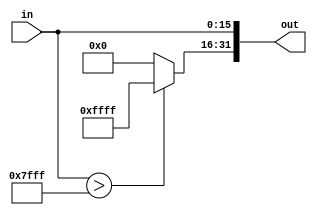
module SignExtend(in, out);
input [0:15] in;
output reg[0:31] out;

always@(*)begin
    out = in;
    if(in>32767) begin
        out[0:15] = 16'hffff;
    end
end

endmodule

module SignExtend26(in, out);
input [0:25] in;
output [0:31] out;

assign out = in;

endmodule